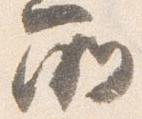
所